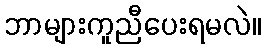
ဘာများကူညီပေးရမလဲ။